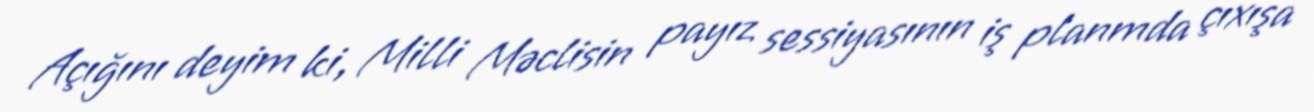
Açığını deyim ki, Milli Məclisin payız sessiyasının iş planmda çıxışa